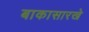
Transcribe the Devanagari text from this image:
बाकासारखे